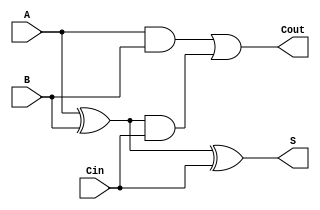
module CarryLookaheadFullAdder (
    input wire A,      // First input bit
    input wire B,      // Second input bit
    input wire Cin,    // Carry-in bit
    output wire S,     // Sum output
    output wire Cout   // Carry-out output
);

    // Internal signals for propagate and generate
    wire P;           // Propagate signal
    wire G;           // Generate signal
    wire C1;          // Carry output from the first stage

    // Generate propagate and generate signals
    assign P = A ^ B; // P = A XOR B
    assign G = A & B; // G = A AND B

    // Carry-out calculation
    assign C1 = G | (P & Cin); // C1 = G + (P AND Cin)

    // Sum calculation
    assign S = P ^ Cin; // S = P XOR Cin

    // Carry-out output
    assign Cout = C1; // Cout = C1

endmodule